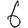
Digit: 6